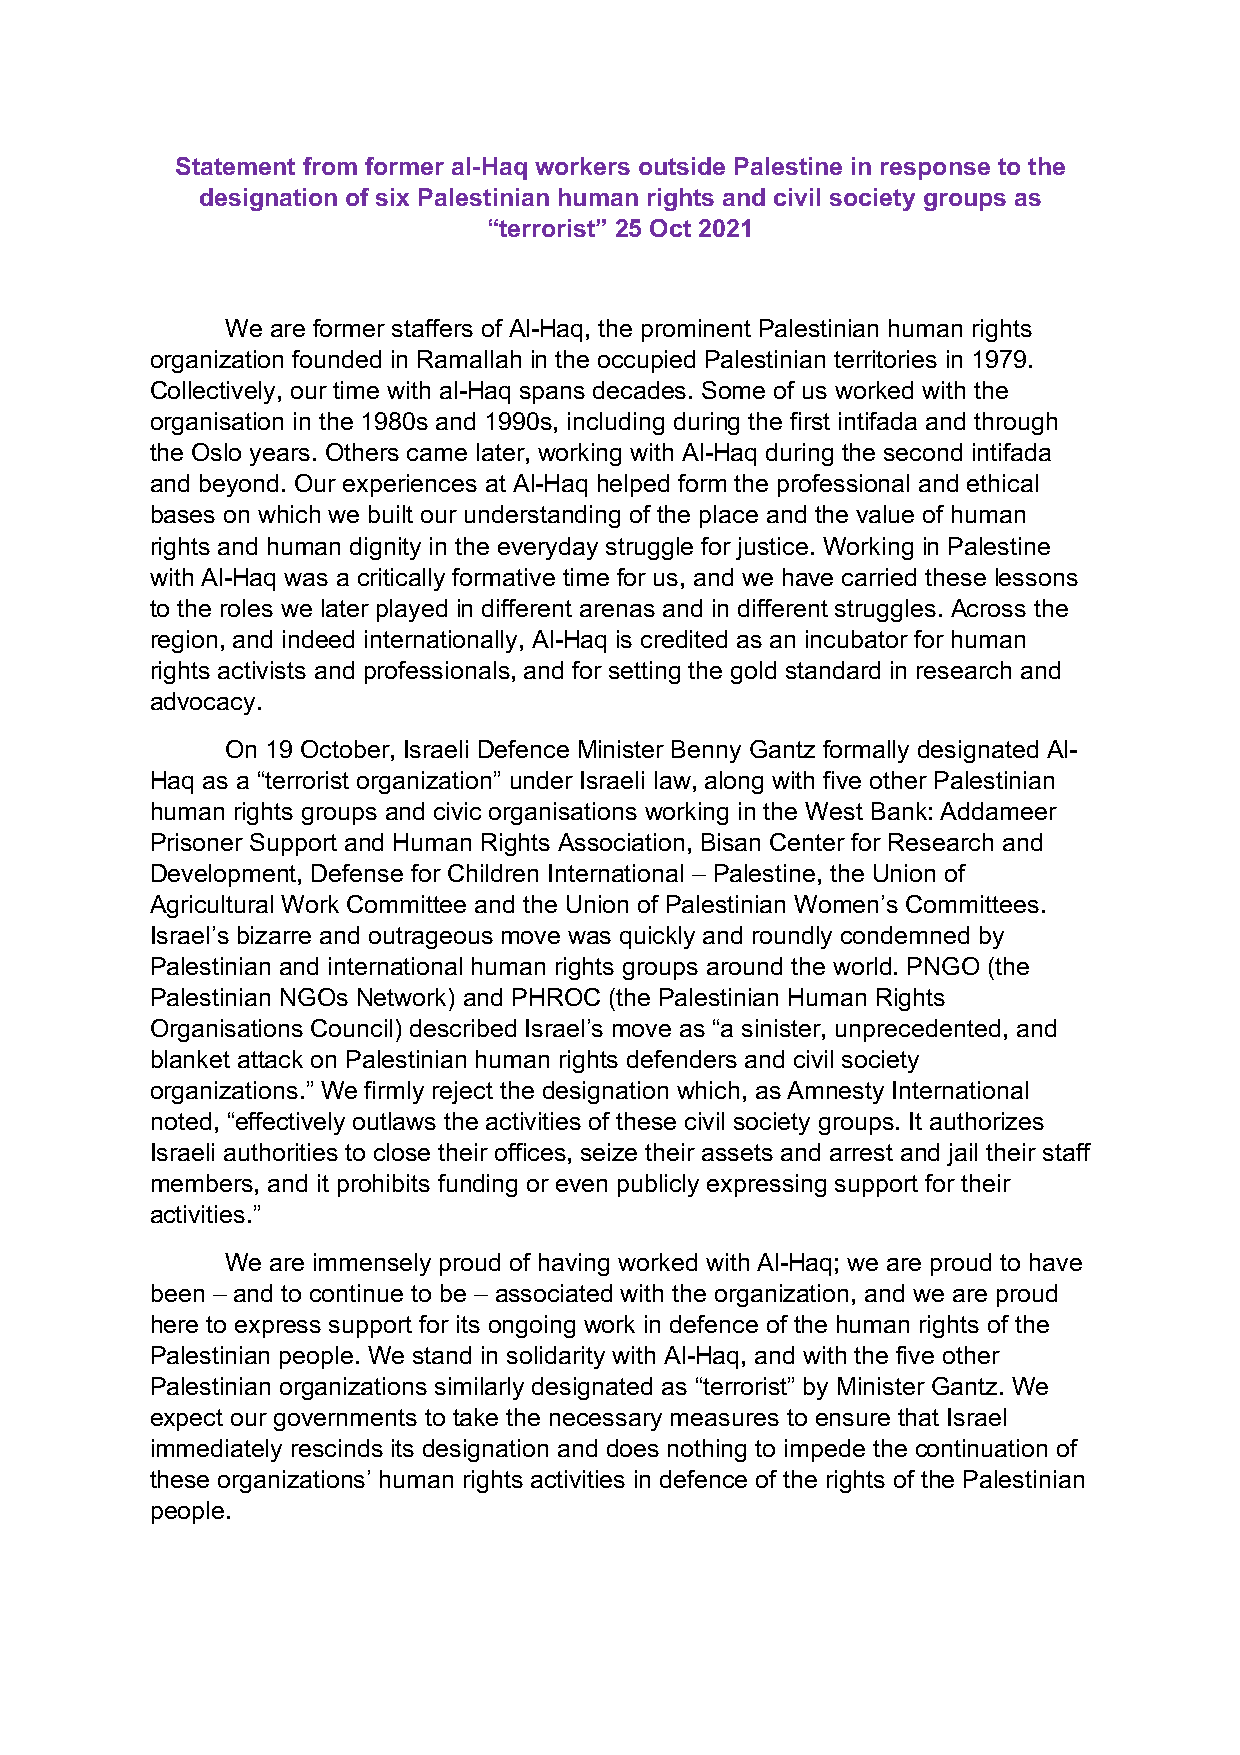
Statement from former al-Haq workers outside Palestine in response to the
 designation of six Palestinian human rights and civil society groups as
 “terrorist” 25 Oct 2021
 We are former staffers of Al-Haq, the prominent Palestinian human rights
 organization founded in Ramallah in the occupied Palestinian territories in 1979.
 Collectively, our time with al-Haq spans decades. Some of us worked with the
 organisation in the 1980s and 1990s, including during the first intifada and through
 the Oslo years. Others came later, working with Al-Haq during the second intifada
 and beyond. Our experiences at Al-Haq helped form the professional and ethical
 bases on which we built our understanding of the place and the value of human
 rights and human dignity in the everyday struggle for justice. Working in Palestine
 with Al-Haq was a critically formative time for us, and we have carried these lessons
 to the roles we later played in different arenas and in different struggles. Across the
 region, and indeed internationally, Al-Haq is credited as an incubator for human
 rights activists and professionals, and for setting the gold standard in research and
 advocacy.
 On 19 October, Israeli Defence Minister Benny Gantz formally designated Al-
 Haq as a “terrorist organization” under Israeli law, along with five other Palestinian
 human rights groups and civic organisations working in the West Bank: Addameer
 Prisoner Support and Human Rights Association, Bisan Center for Research and
 Development, Defense for Children International – Palestine, the Union of
 Agricultural Work Committee and the Union of Palestinian Women’s Committees.
 Israel’s bizarre and outrageous move was quickly and roundly condemned by
 Palestinian and international human rights groups around the world. PNGO (the
 Palestinian NGOs Network) and PHROC (the Palestinian Human Rights
 Organisations Council) described Israel’s move as “a sinister, unprecedented, and
 blanket attack on Palestinian human rights defenders and civil society
 organizations.” We firmly reject the designation which, as Amnesty International
 noted, “effectively outlaws the activities of these civil society groups. It authorizes
 Israeli authorities to close their offices, seize their assets and arrest and jail their staff
 members, and it prohibits funding or even publicly expressing support for their
 activities.”
 We are immensely proud of having worked with Al-Haq; we are proud to have
 been – and to continue to be – associated with the organization, and we are proud
 here to express support for its ongoing work in defence of the human rights of the
 Palestinian people. We stand in solidarity with Al-Haq, and with the five other
 Palestinian organizations similarly designated as “terrorist” by Minister Gantz. We
 expect our governments to take the necessary measures to ensure that Israel
 immediately rescinds its designation and does nothing to impede the continuation of
 these organizations’ human rights activities in defence of the rights of the Palestinian
 people.